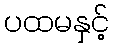
ပထမနှင့်